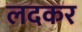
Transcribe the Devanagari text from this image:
लदकर